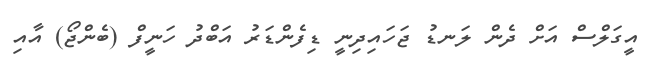
އީގަލްސް އަށް ދެން ލަނޑު ޖަހައިދިނީ ޑިފެންޑަރު އަބްދު ހަނީފް (ބެންޖޯ) އާއި